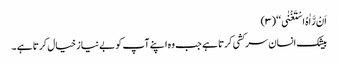
اَنْ رَّاٰہُ اسْتَغْنٰی ‘‘ (۳)
بیشک انسان سر کشی کرتا ہے جب وہ اپنے آپ کو بے نیاز خیال کرتا ہے ۔